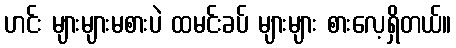
ဟင်း များများမစားပဲ ထမင်းခပ် များများ စားလေ့ရှိတယ်။